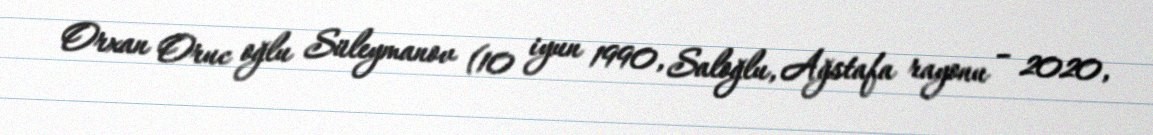
Orxan Oruc oğlu Süleymanov (10 iyun 1990, Saloğlu, Ağstafa rayonu – 2020,